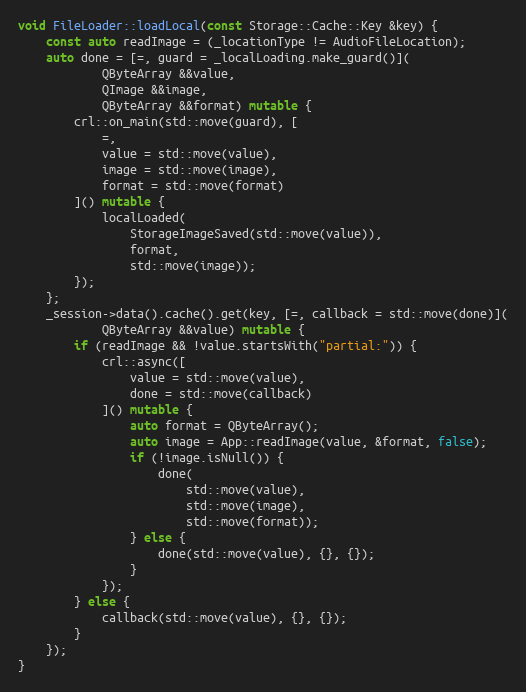
Language: C++
void FileLoader::loadLocal(const Storage::Cache::Key &key) {
	const auto readImage = (_locationType != AudioFileLocation);
	auto done = [=, guard = _localLoading.make_guard()](
			QByteArray &&value,
			QImage &&image,
			QByteArray &&format) mutable {
		crl::on_main(std::move(guard), [
			=,
			value = std::move(value),
			image = std::move(image),
			format = std::move(format)
		]() mutable {
			localLoaded(
				StorageImageSaved(std::move(value)),
				format,
				std::move(image));
		});
	};
	_session->data().cache().get(key, [=, callback = std::move(done)](
			QByteArray &&value) mutable {
		if (readImage && !value.startsWith("partial:")) {
			crl::async([
				value = std::move(value),
				done = std::move(callback)
			]() mutable {
				auto format = QByteArray();
				auto image = App::readImage(value, &format, false);
				if (!image.isNull()) {
					done(
						std::move(value),
						std::move(image),
						std::move(format));
				} else {
					done(std::move(value), {}, {});
				}
			});
		} else {
			callback(std::move(value), {}, {});
		}
	});
}